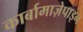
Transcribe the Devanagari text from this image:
कार्बामाज़ेपाइन